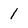
Character: 1